Vaccination in the Punjab 1919-1929 - 1919-1929
Year: 1919
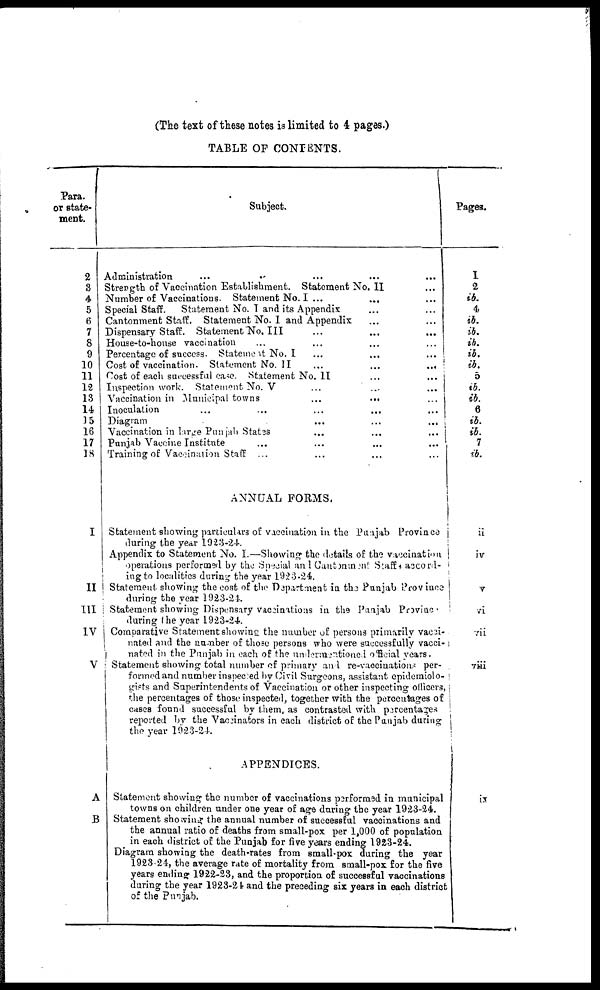
(The text of these notes is limited to 4 pages.)
TABLE OF CONTENTS.
Para.
or state-
ment.
2
3
4
5
6
7
8
9
10
11
12
13
14
15
16
17
18
I
II
III
IV
V
A
B
Subject.
Administration ... ... ... ... ...
Strength of Vaccination Establishment. Statement No. II ...
Number of Vaccinations. Statement No. I ...
Special Staff.
Statement No. I and its Appendix ... ...
Cantonment Staff. Statement No. I and Appendix ... ...
Dispensary Staff. Statement No. III ... ... ...
House-to-house vaccination ... ... ... ...
Percentage of success. Statement No. I ... ... ...
Cost of vaccination. Statement No. II
...
...
...
Cost of each successful case. Statement No. II ... ...
Inspection work. Statement No. V ... ... ...
Vaccination in Municipal towns
...
...
Inoculation ... ... ... ... ...
Diagram
...
...
...
Vaccination in lerge Punjab States ... ... ...
Punjab Vaccine Institute ... ... ... ...
Training of Vaccination Staff ... ... ... ...
ANNUAL FORMS.
Statement showing particulars of vaccination in the Puajab Province
during the year 1923-24.
Appendix to Statement No. I.—Showing the details of the vaccination
operations performed by the Social and Cantoment
Staffs accord¬
ing to localities during the year 1923-24.
Statement showing the cost of the Department in the Punjab Province
during the year 1923-24.
Statement showing Dispensary vaccinations in the Punjab Provincs
during the year 1923-24.
Comparative Statement showing the number of persons primarily vacci¬
nated and the number of those persons who were successfully vacci¬
nated in the Punjab in each of the undermentioned offcial years.
Statement showing total number of primary and re-vaccinations per-
formed and number inspected by Civil Surgeons, assistant epidemiolo¬
gists and Superintendents of Vaccination or other inspecting officers,
the percentages of those inspected, together with the percentages of
cases found successful by them, as contrasted with percentages
reported by the Vaccinators in each district of the Punjab during
the year 1923-24.
APPENDICES.
Statement showing the number of vaccinations performed in municipal
towns on children under one year of age during the year 1923-24.
Statement showing the annual number of successful vaccinations and
the annual ratio of deaths from small-pox per 1,000 of population
in each district of the Punjab for five years ending 1923-24.
Diagram showing the death-rates from small-pox during the year
1923-24, the average rate of mortality from small-pox for the five
years ending 1922-23, and the proportion of successful vaccinations
during the year 1923-24 and the preceding six years in each district
of the Punjab.
Pages.
1
2
ib.
4
ib.
ib.
ib.
ib.
ib.
5
ib.
ib.
6
ib.
ib.
7
ib.
ii
iv
v
vi
vii
viii
ix